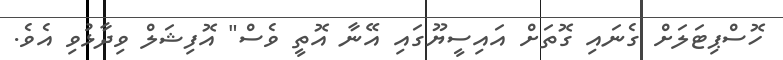
ހޮސްޕިޓަލަށް ގެނައި ގޮތަށް އައިސީޔޫގައި އޭނާ އޮތީ ވެސް" އޮފިޝަލް ވިދާޅުވި އެވެ.